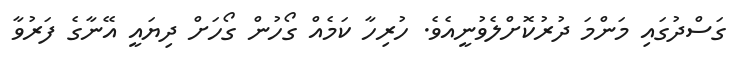
ގަސްދުގައި މަންމަ ދުރުކޮށްލެވުނީއެވެ. ހުރިހާ ކަމެއް ގޯހުން ގޯހަށް ދިޔައީ އޭނާގެ ފަރުވާ